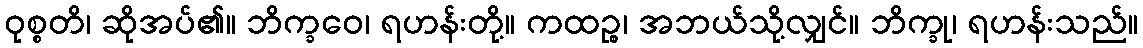
ဝုစ္စတိ၊ ဆိုအပ်၏။ ဘိက္ခဝေ၊ ရဟန်းတို့။ ကထဉ္စ၊ အဘယ်သို့လျှင်။ ဘိက္ခု၊ ရဟန်းသည်။